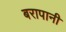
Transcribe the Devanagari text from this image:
बरापानी